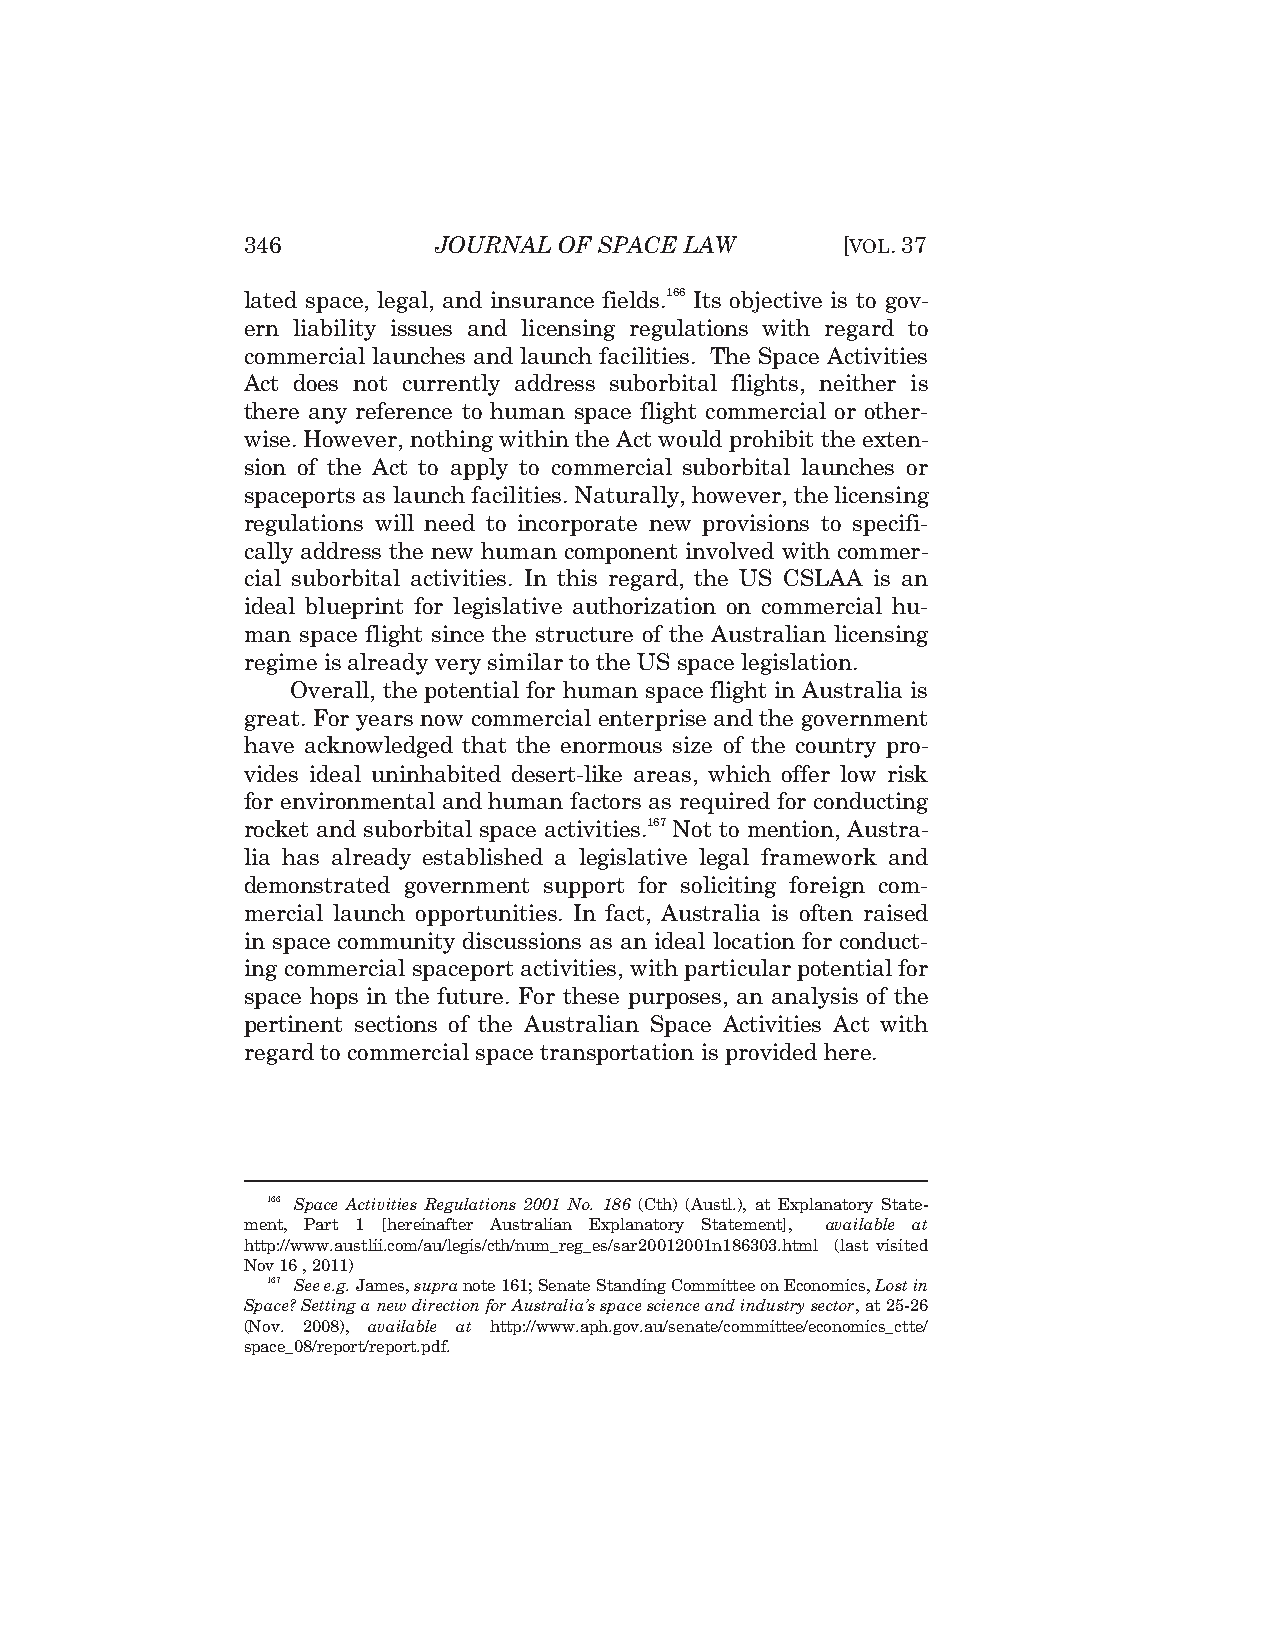
346          JOURNAL OF SPACE LAW       [VOL.37
 lated space, legal, and insurance fields.166 Its objective is to gov-
 ern liability issues and licensing regulations with regard to
 commercial launches and launch facilities. The Space Activities
 Act does not currently address suborbital flights, neither is
 there any reference to human space flight commercial or other-
 wise. However, nothing within the Act would prohibit the exten-
 sion of the Act to apply to commercial suborbital launches or
 spaceports as launch facilities. Naturally, however, the licensing
 regulations will need to incorporate new provisions to specifi-
 cally address the new human component involved with commer-
 cial suborbital activities. In this regard, the US CSLAA is an
 ideal blueprint for legislative authorization on commercial hu-
 man space flight since the structure of the Australian licensing
 regime is already very similar to the US space legislation.
 Overall, the potential for human space flight in Australia is
 great. For years now commercial enterprise and the government
 have acknowledged that the enormous size of the country pro-
 vides ideal uninhabited desert-like areas, which offer low risk
 for environmental and human factors as required for conducting
 rocket and suborbital space activities.167 Not to mention, Austra-
 lia has already established a legislative legal framework and
 demonstrated government support for soliciting foreign com-
 mercial launch opportunities. In fact, Australia is often raised
 in space community discussions as an ideal location for conduct-
 ing commercial spaceport activities, with particular potential for
 space hops in the future. For these purposes, an analysis of the
 pertinent sections of the Australian Space Activities Act with
 regard to commercial space transportation is provided here.
 166 Space Activities Regulations 2001 No. 186 (Cth) (Austl.), at Explanatory State-
 ment, Part 1 [hereinafter Australian Explanatory Statement], available at
 http://www.austlii.com/au/legis/cth/num_reg_es/sar20012001n186303.html (last visited
 Nov 16 , 2011)
 167 See e.g. James, supra note 161; Senate Standing Committee on Economics, Lost in
 Space? Setting a new direction for Australia’s space science and industry sector, at 25-26
 (Nov. 2008), available at http://www.aph.gov.au/senate/committee/economics_ctte/
 space_08/report/report.pdf.